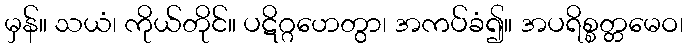
မှန်။ သယံ၊ ကိုယ်တိုင်။ ပဋိဂ္ဂဟေတွာ၊ အကပ်ခံ၍။ အပရိစ္စတ္တမေဝ၊